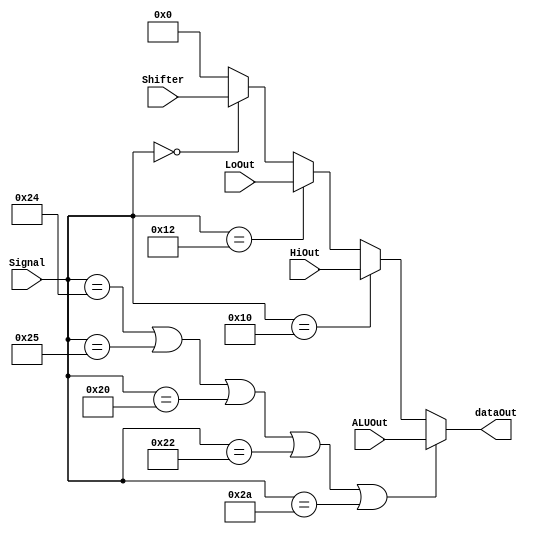
// 
`timescale 1ns/1ns
//  module MUX  ports
module MUX( ALUOut, HiOut, LoOut, Shifter, Signal, dataOut );
//  ports  input output
input [31:0] ALUOut ;
input [31:0] HiOut ;
input [31:0] LoOut ;
input [31:0] Shifter ;
input [5:0] Signal ;
output [31:0] dataOut ;

reg [31:0] temp ;
// ()
parameter AND = 6'b100100;
parameter OR  = 6'b100101;
parameter ADD = 6'b100000;
parameter SUB = 6'b100010;
parameter SLT = 6'b101010;

parameter SLL = 6'b000000;

parameter MULTU= 6'b011001;
parameter MFHI= 6'b010000;
parameter MFLO= 6'b010010;

//  AND, OR, ADD, SUB,  SLT dataOut  ALU 
//  dataOut  Hi 
//  dataOut  Lo 
//  dataOut  Shifter 
//  0
assign dataOut = (Signal == AND || Signal == OR || Signal == ADD || Signal == SUB || Signal == SLT ) ? 
ALUOut
:(Signal == MFHI) ? 
HiOut
: (Signal == MFLO) ? 
LoOut
: (Signal == SLL) ? 
Shifter : 32'b0;

endmodule